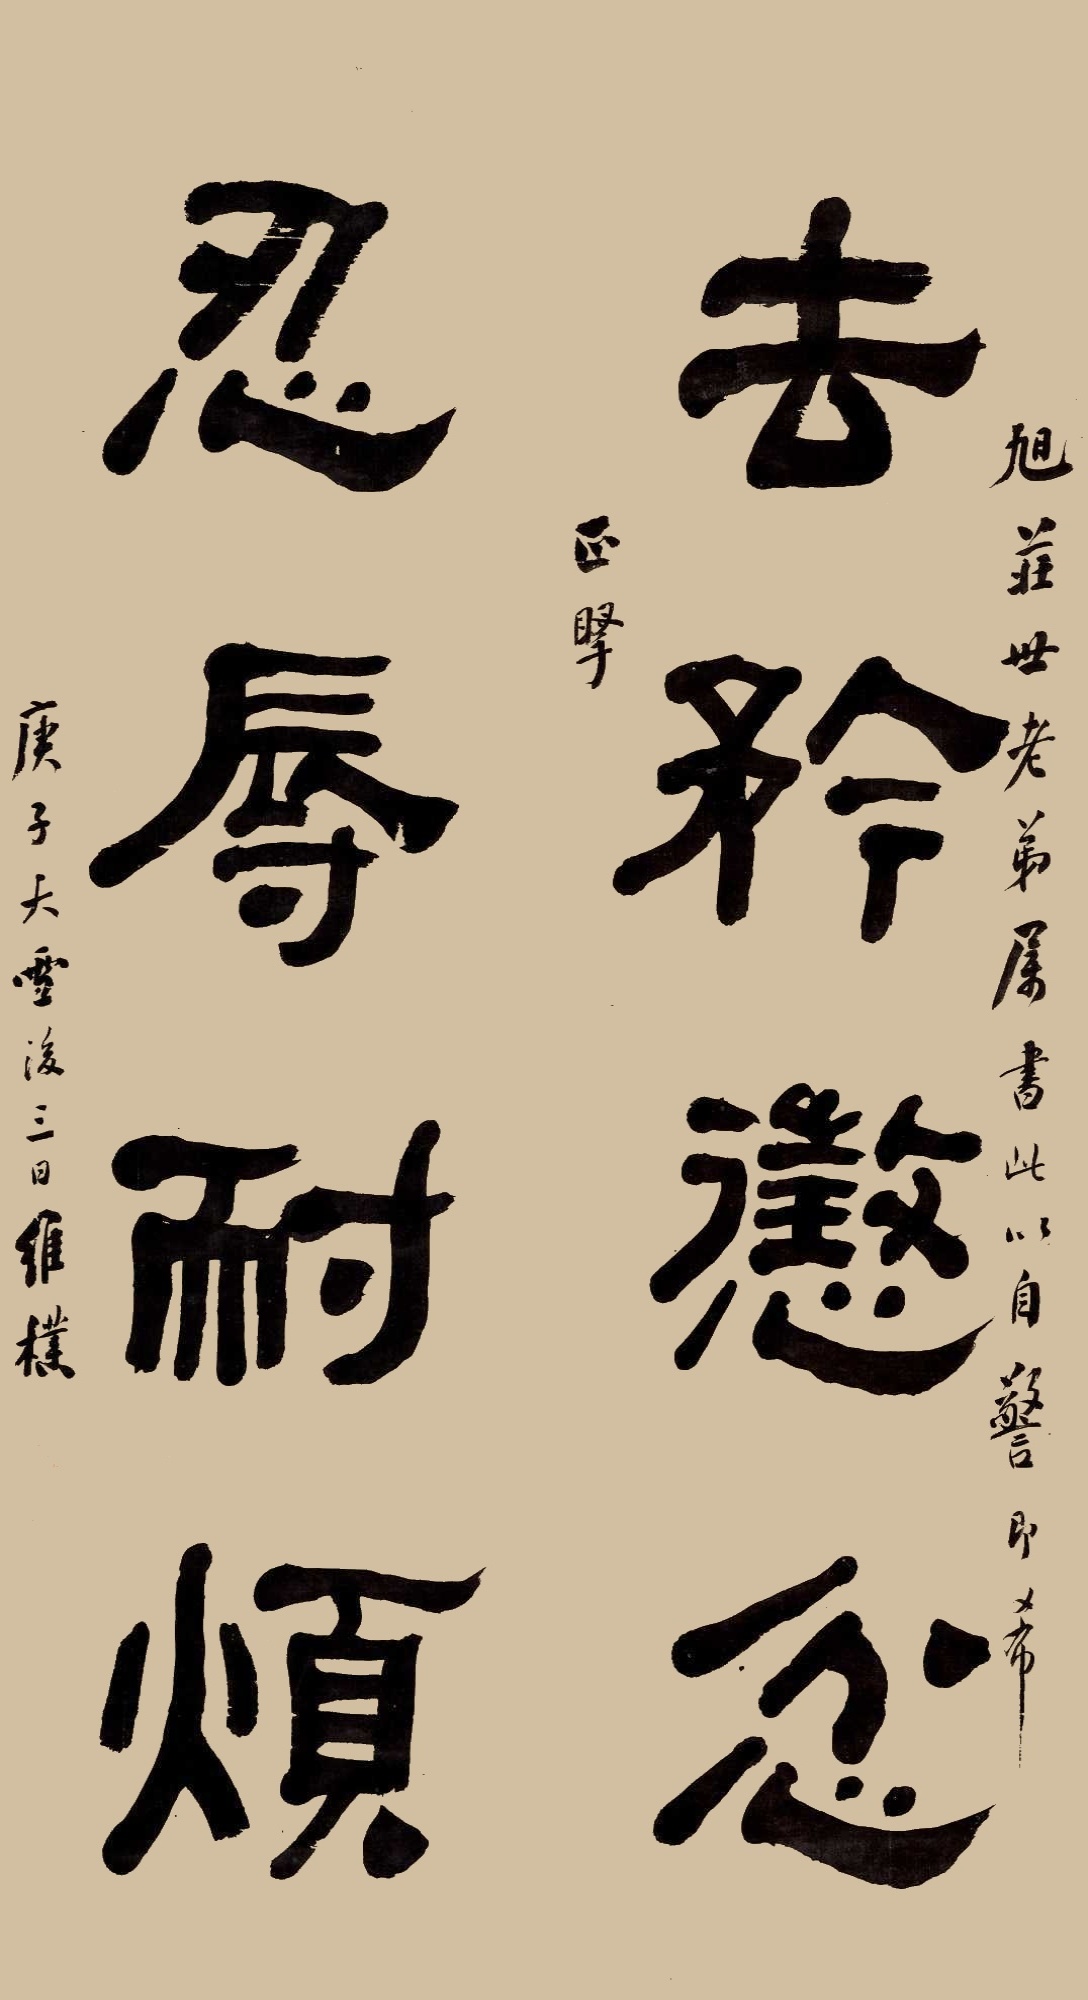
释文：去矜惩忿，忍辱耐烦。旭庄世老弟属书此以自警，即希正腕。庚子大雪后三日，维朴。